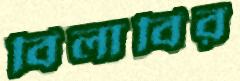
বিলাবির